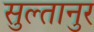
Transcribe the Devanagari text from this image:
सुल्तानुर